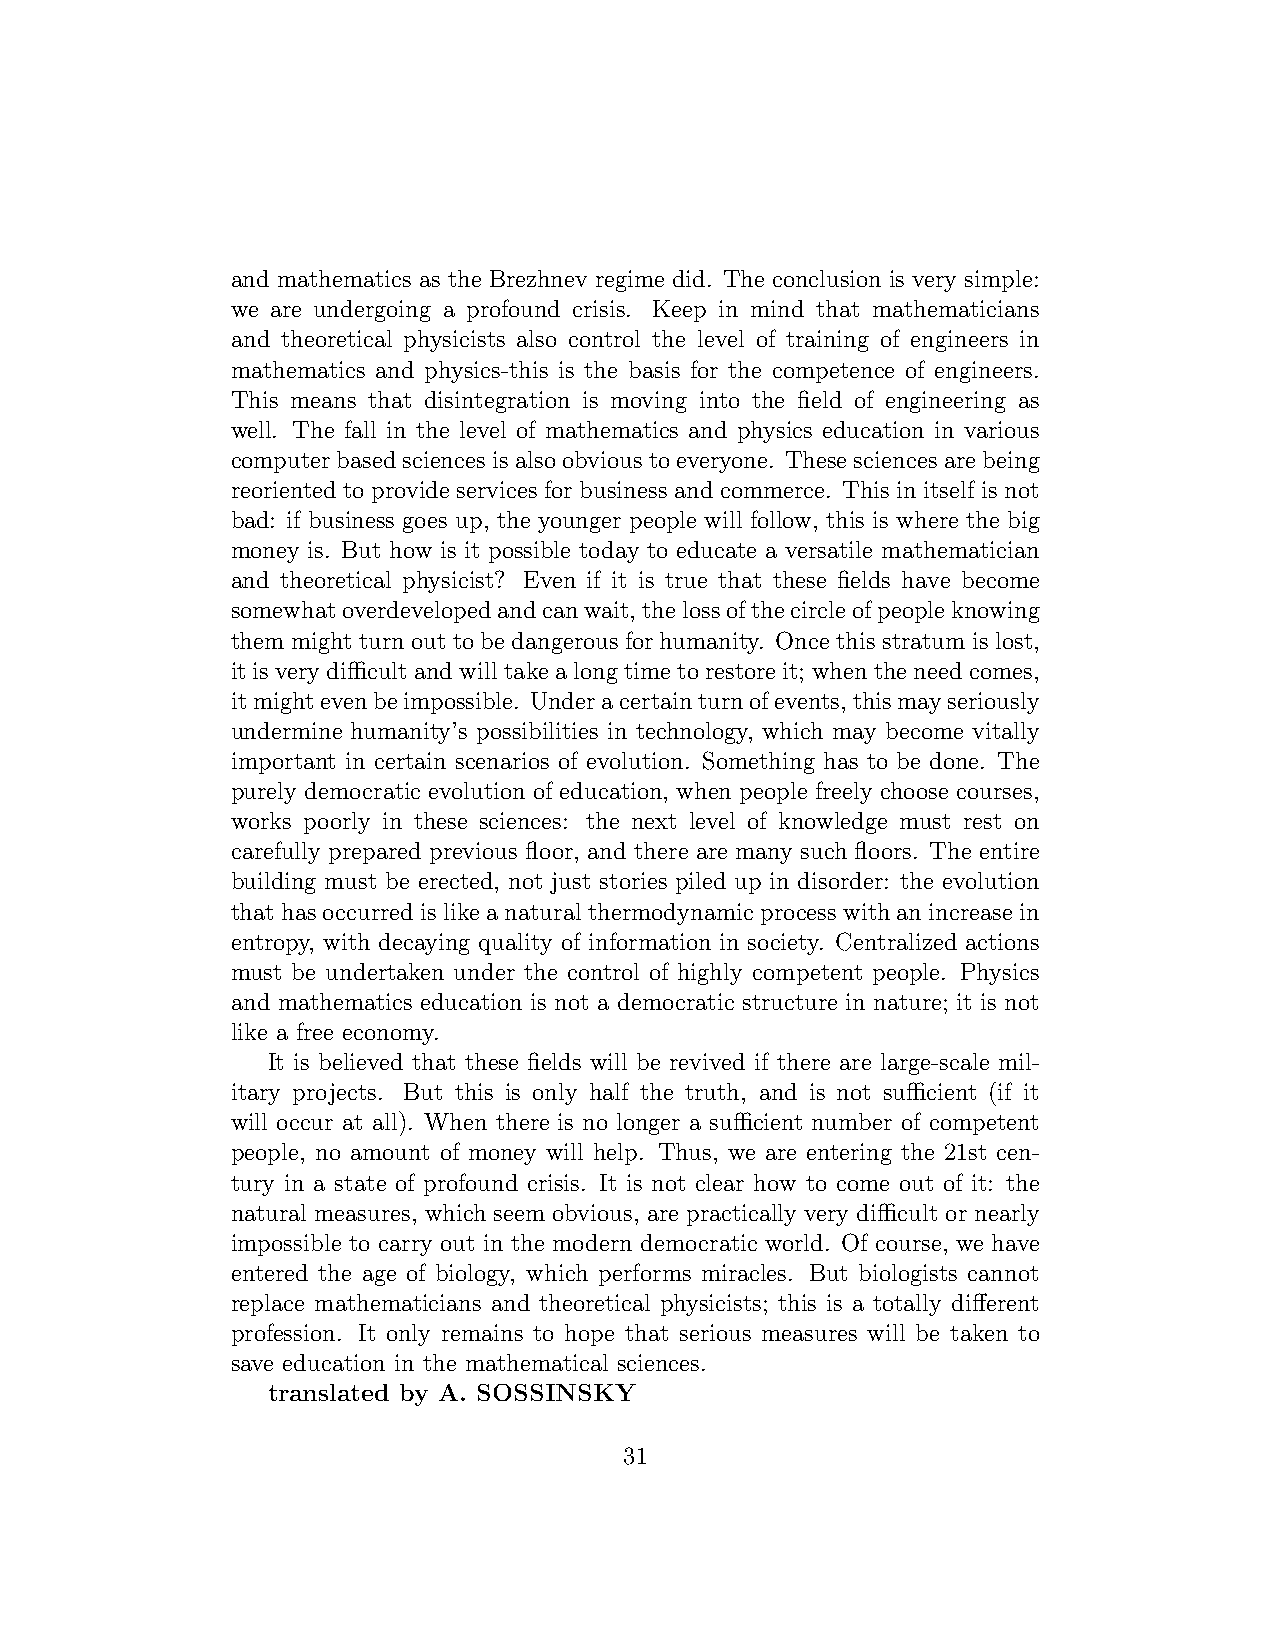
and mathematics as the Brezhnev regime did. The conclusion is very simple:
 we are undergoing a profound crisis. Keep in mind that mathematicians
 and theoretical physicists also control the level of training of engineers in
 mathematics and physics-this is the basis for the competence of engineers.
 This means that disintegration is moving into the field of engineering as
 well. The fall in the level of mathematics and physics education in various
 computer based sciences is also obvious to everyone. These sciences are being
 reoriented to provide services for business and commerce. This in itself is not
 bad: if business goes up, the younger people will follow, this is where the big
 money is. But how is it possible today to educate a versatile mathematician
 and theoretical physicist? Even if it is true that these fields have become
 somewhatoverdevelopedandcanwait,thelossofthecircleofpeopleknowing
 themmightturnouttobedangerousforhumanity. Oncethisstratumislost,
 itisverydifficultandwilltakealongtimetorestoreit; whentheneedcomes,
 itmightevenbeimpossible. Underacertainturnofevents,thismayseriously
 undermine humanity’s possibilities in technology, which may become vitally
 important in certain scenarios of evolution. Something has to be done. The
 purely democratic evolution of education, when people freely choose courses,
 works poorly in these sciences: the next level of knowledge must rest on
 carefully prepared previous floor, and there are many such floors. The entire
 building must be erected, not just stories piled up in disorder: the evolution
 thathasoccurredislikeanaturalthermodynamicprocesswithanincreasein
 entropy, with decaying quality of information in society. Centralized actions
 must be undertaken under the control of highly competent people. Physics
 and mathematics education is not a democratic structure in nature; it is not
 like a free economy.
 It is believed that these fields will be revived if there are large-scale mil-
 itary projects. But this is only half the truth, and is not sufficient (if it
 will occur at all). When there is no longer a sufficient number of competent
 people, no amount of money will help. Thus, we are entering the 21st cen-
 tury in a state of profound crisis. It is not clear how to come out of it: the
 natural measures, which seem obvious, are practically very difficult or nearly
 impossible to carry out in the modern democratic world. Of course, we have
 entered the age of biology, which performs miracles. But biologists cannot
 replace mathematicians and theoretical physicists; this is a totally different
 profession. It only remains to hope that serious measures will be taken to
 save education in the mathematical sciences.
 translated by A. SOSSINSKY
 31